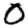
Digit: 0